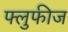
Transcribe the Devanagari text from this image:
फ्लुफीज